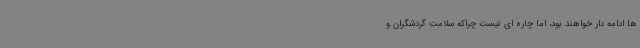
ها ادامه دار خواهند بود، اما چاره ای نیست چراکه سلامت گردشگران و